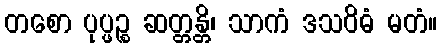
တစော ပုပ္ဖဉ္စ ဆတ္တန္တိ၊ သာကံ ဒသဝိဓံ မတံ။